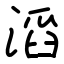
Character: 滔